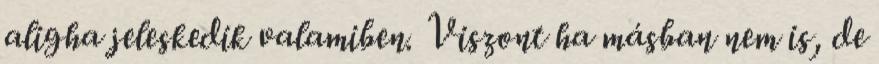
aligha jeleskedik valamiben. Viszont ha másban nem is, de